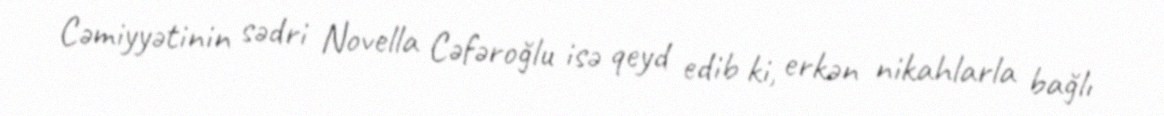
Cəmiyyətinin sədri Novella Cəfəroğlu isə qeyd edib ki, erkən nikahlarla bağlı